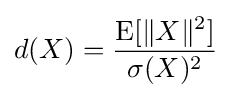
d(X)={\frac {\operatorname {E} [\|X\|^{2}]}{\sigma (X)^{2}}}